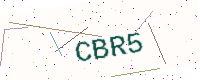
Text: CBR5